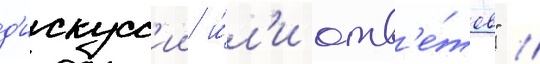
д'искусс'ии и́л'и отв'е́тов" //